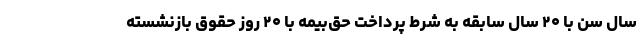
سال سن با ۲۰ سال سابقه به شرط پرداخت حق‌بیمه با ۲۰ روز حقوق بازنشسته